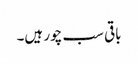
باقی سب چور ہیں۔